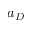
a _ { D }